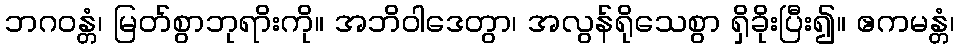
ဘဂဝန္တံ၊ မြတ်စွာဘုရာိးကို။ အဘိဝါဒေတွာ၊ အလွန်ရိုသေစွာ ရှိခိုးပြီး၍။ ဧကမန္တံ၊